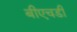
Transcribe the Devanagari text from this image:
बीएचडी